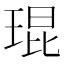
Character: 琨